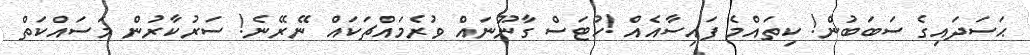
ޙަސަދައިގެ ސަބަބުން! ކިތައްމެ ފައިސާއެއް !ހުޓަސް ގާނޫނައް ވުރެމައްޗަކައް ނޭރޭނެ! ސަރުކާރުން މަސައްކަތް